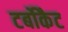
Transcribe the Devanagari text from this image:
टर्बोकैट